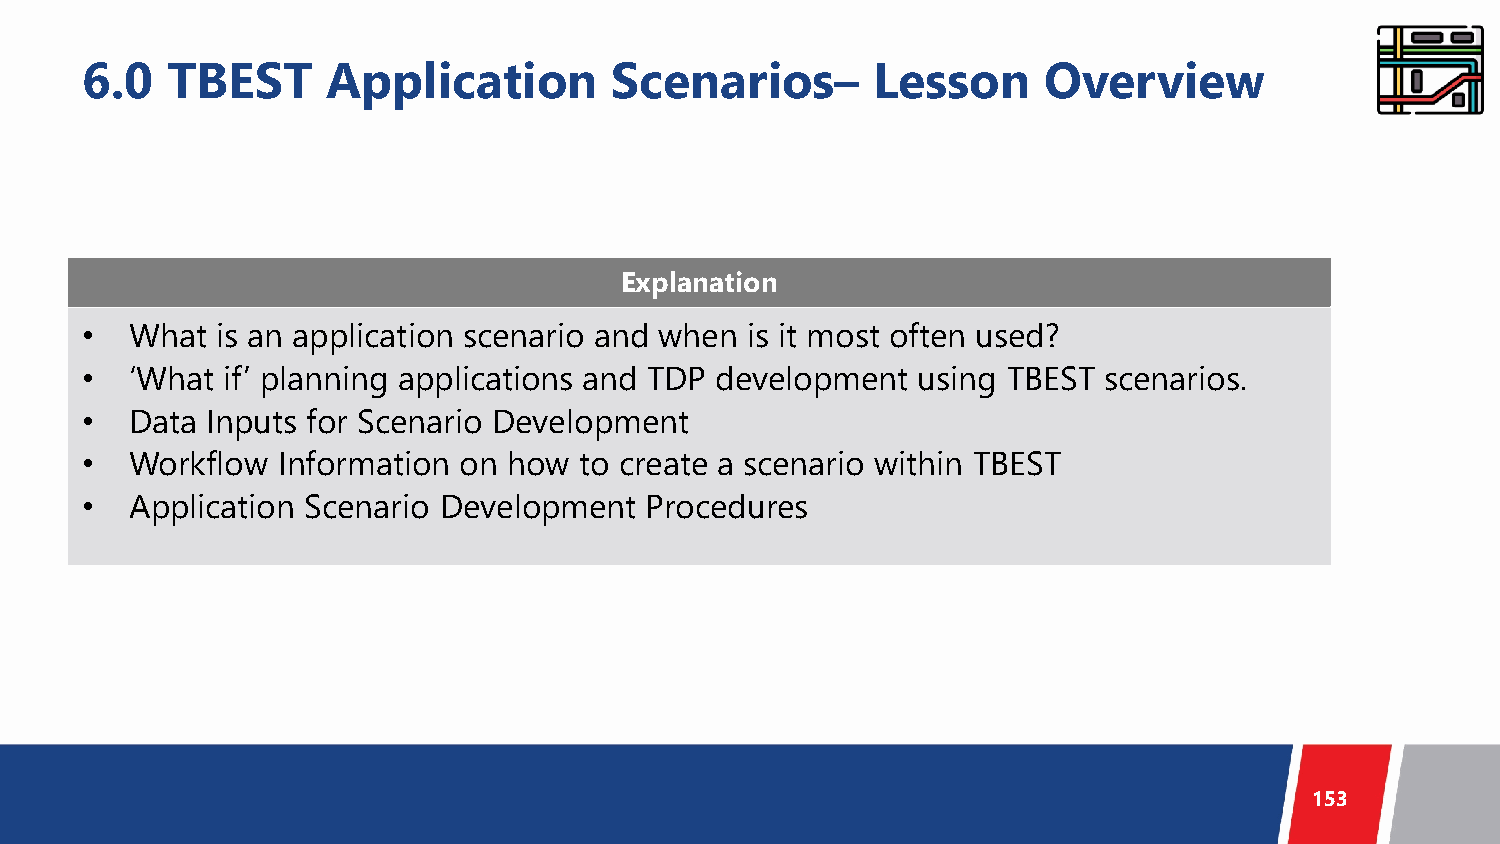
6.0   TBEST      Application       Scenarios–        Lesson     Overview
 Explanation
 •   What is an application scenario and when is it most often used?
 •   ‘What if’ planning applications and TDP development using TBEST scenarios.
 •   Data Inputs for Scenario Development
 •   Workflow Information on  how to create a scenario within TBEST
 •   Application Scenario Development  Procedures
 153